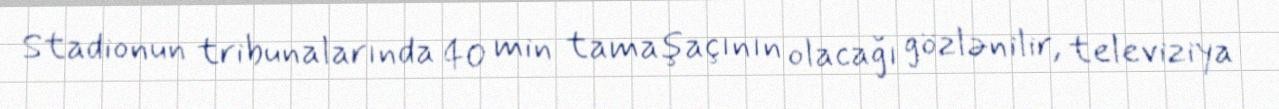
Stadionun tribunalarında 40 min tamaşaçının olacağı gözlənilir, televiziya